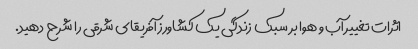
اثرات تغییر آب و هوا بر سبک زندگی یک کشاورز آفریقای شرقی را شرح دهید.